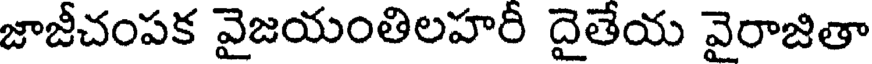
జాజీచంపక వైజయంతిలహరీ దైతేయ వైరాజితా